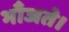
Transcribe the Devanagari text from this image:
भाँजते।